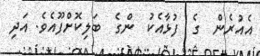
އެއުރެން  ގެ  ފުޅާއެކު  ންގެ  ބަލިކޮށްފޫއެވެ. އަދި